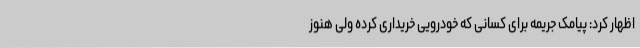
اظهار کرد: پیامک جریمه برای کسانی که خودرویی خریداری کرده ولی هنوز